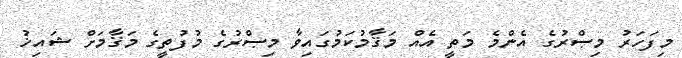
މިފަހަރު މިޞްރުގެ އެންމެ މަތީ އެއް މަޤާމުކަމުގައިވާ މިޞްރުގެ މުފުތީގެ މަޤާމަށް ޝައިޚު